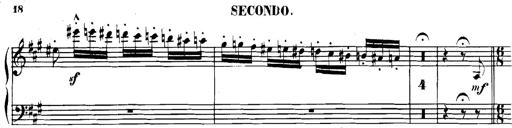
Title: Spinnerlied aus dem Fliegenden HollÃ¤nder
Composer: Franz Liszt